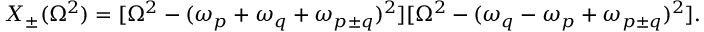
X _ { \pm } ( \Omega ^ { 2 } ) = [ \Omega ^ { 2 } - ( \omega _ { p } + \omega _ { q } + \omega _ { p \pm q } ) ^ { 2 } ] [ \Omega ^ { 2 } - ( \omega _ { q } - \omega _ { p } + \omega _ { p \pm q } ) ^ { 2 } ] .